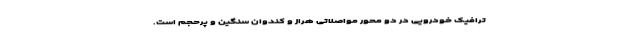
ترافیک خودرویی در دو محور مواصلاتی هراز و کندوان سنگین و پرحجم است.